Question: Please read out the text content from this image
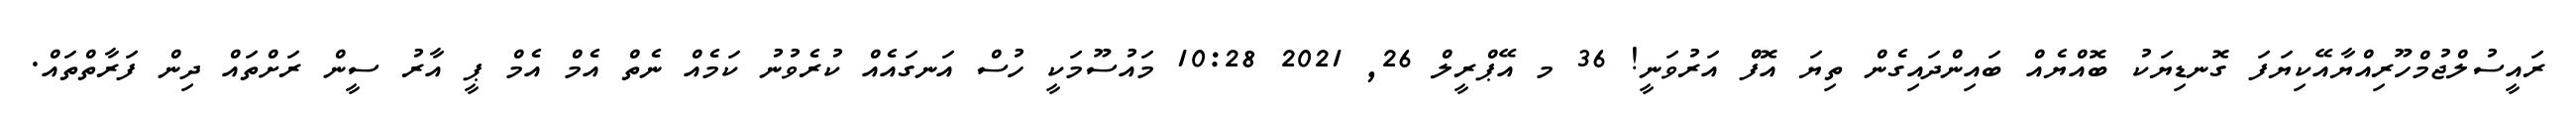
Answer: ރައީސުލްޖުމްހޫރިއްޔާއޭކިޔަފަ ގޮނޑިޔަކު ބޮއްޔެއް ބައިންދައިގެން ތިޔަ އޮފް އަރުވަނީ! 36 މ އޭޕްރީލް 26, 2021 10:28 މައުސޫމަކީ ހުސް އަނގައެއް ކުރެވުނު ކަމެއް ނެތް އެމް އެމް ޕީ އާރު ސީން ރަށްތައް ދިން ފަރާތްތައް.